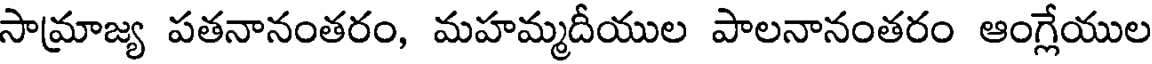
సామ్రాజ్య పతనానంతరం, మహమ్మదీయుల పాలనానంతరం ఆంగ్లేయుల